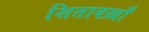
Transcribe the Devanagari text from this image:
शितावख़ाँ